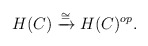
\begin{align*}H(C) \xrightarrow{\cong} H(C)^{op}.\end{align*}